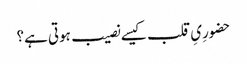
حضورِیِ قلب کیسے نصیب ہوتی ہے؟